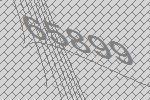
65899